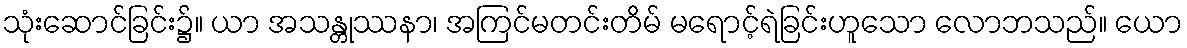
သုံးဆောင်ခြင်း၌။ ယာ အသန္တုဿနာ၊ အကြင်မတင်းတိမ် မရောင့်ရဲခြင်းဟူသော လောဘသည်။ ယော